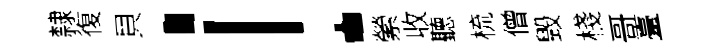
隸復貝！縈收聽梳僧毁棧哥臺